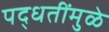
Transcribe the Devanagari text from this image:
पद्धतींमुळे